Scottish Leaving Certificate Examination, 1953
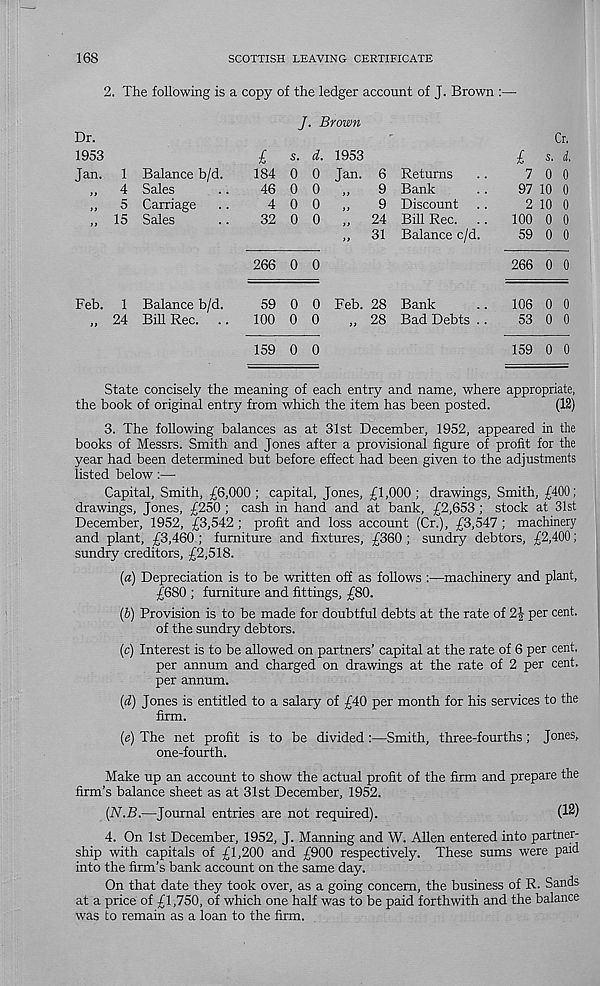
168
SCOTTISH LEAVING CERTIFICATE
2. The following is a copy of the ledger account of J. Brown :—
Dr.
1953
Jan. 1 Balance b/d.
4 Sales
5 Carriage
15 Sales
Feb. 1 Balance b/d.
24 Bill Rec.
J. Brown
£
s. d. 1953
184 0 0 Jan. 6
46 0 0 „
9
4 0 0 „
9
32 0 0
Returns
9 Bank
9 Discount
24 Bill Rec.
31 Balance c/d
266 0 0
100 0 0
159 0 0
59 0 0 Feb. 28 Bank
28 Bad Debts
Cr.
£ s. d.
7 0 0
97 10 0
2 10 0
100 0 0
59 0 0
266 0 0
106 0 0
53 0 0
159 0 0
State concisely the meaning of each entry and name, where appropriate,
the book of original entry from which the item has been posted.
(12)
3. The following balances as at 31st December, 1952, appeared in the
books of Messrs. Smith and Jones after a provisional figure of profit for the
year had been determined but before effect had been given to the adjustments
listed below:—
Capital, Smith, £6,000 ; capital, Jones, £1,000 ; drawings, Smith, £400;
drawings, Jones, £250 ; cash in hand and at bank, £2,653 ; stock at 31st
December, 1952, £3,542 ; profit and loss account (Cr.), £3,547; machinery
and plant, £3,460 ; furniture and fixtures, £360 ; sundry debtors, £2,400;
sundry creditors, £2,518.
(a) Depreciation is to be written off as follows :—machinery and plant,
£680 ; furniture and fittings, £80.
(b) Provision is to be made for doubtful debts at the rate of 2| per cent.
of the sundry debtors.
(c) Interest is to be allowed on partners’ capital at the rate of 6 per cent.
per annum and charged on drawings at the rate of 2 per cent.
per annum.
(d) Jones is entitled to a salary of £40 per month for his services to the
firm.
(e) The net profit is to be divided:—Smith, three-fourths ; Jones,
one-fourth.
Make up an account to show the actual profit of the firm and prepare the
firm’s balance sheet as at 31st December, 1952.
(N.B.—Journal entries are not required).
(12)
4. On 1st December, 1952, J. Manning and W. Allen entered into partner-
ship with capitals of £1,200 and £900 respectively. These sums were paid
into the firm’s bank account on the same day.
On that date they took over, as a going concern, the business of R. Sands
at a price of £1,750, of which one half was to be paid forthwith and the balance
was to remain as a loan to the firm.